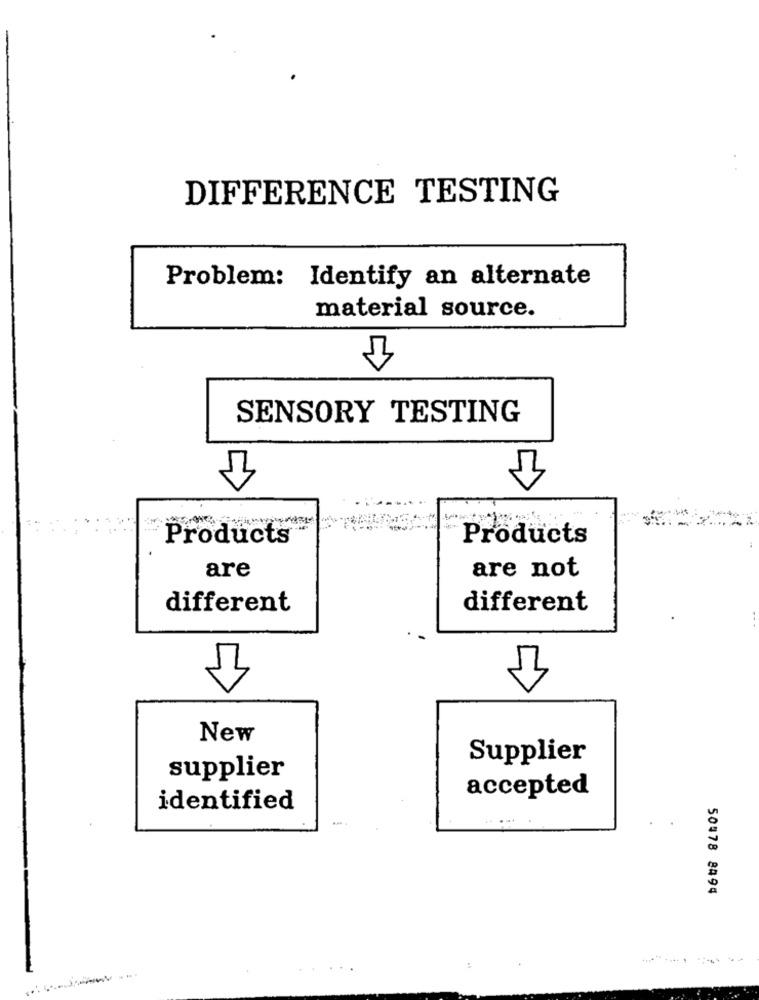
DIFFERENCE TESTING
Problem: Identify an alternate
material source.
SENSORY TESTING
Products
Products
are
are not
different
different
New
Supplier
supplier
accepted
identified
50578 8494
: